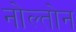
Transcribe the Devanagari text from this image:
नोल्तोन